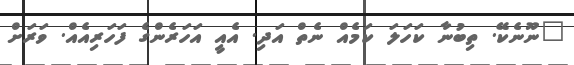
"ނޫނެކޭ. ތިބުނާ ކަހަލަ ކަމެއް ނެތް އަދި. އެއީ އަހަރެންގެ ފަހަރިއެއް. ވަރަށް